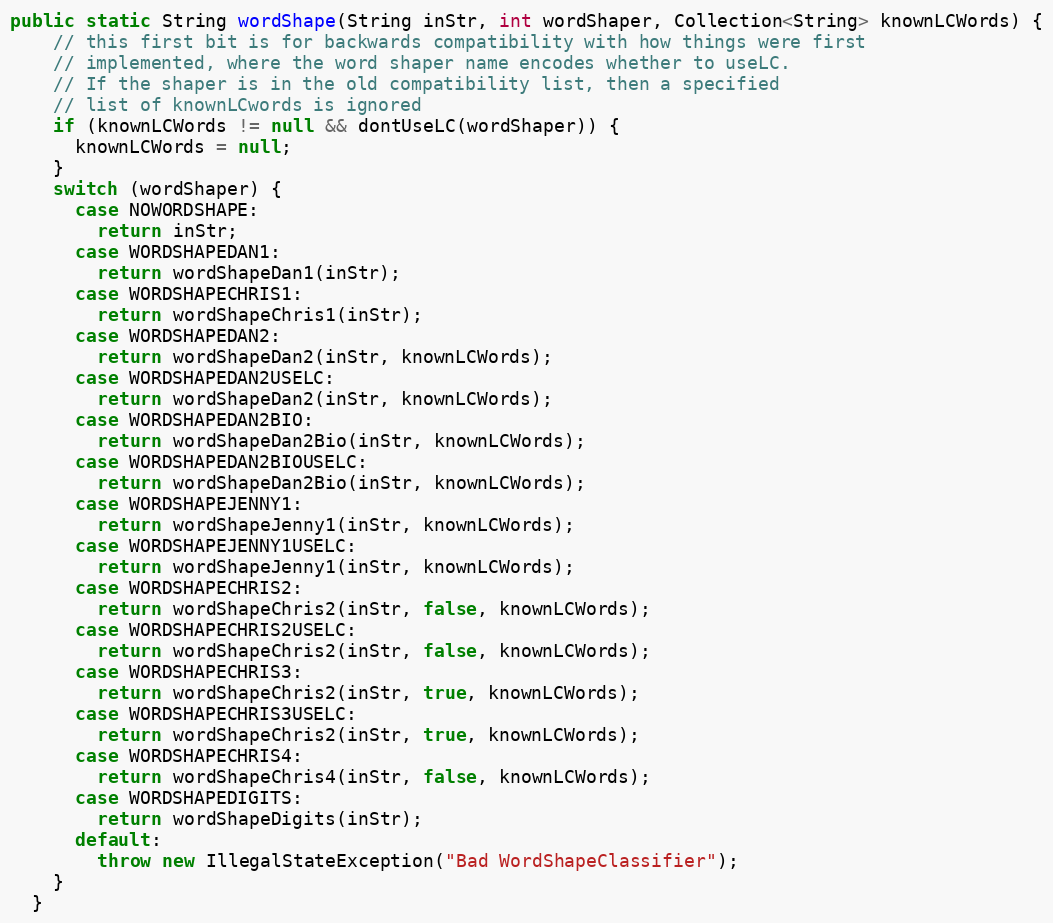
Language: Java
public static String wordShape(String inStr, int wordShaper, Collection<String> knownLCWords) {
    // this first bit is for backwards compatibility with how things were first
    // implemented, where the word shaper name encodes whether to useLC.
    // If the shaper is in the old compatibility list, then a specified
    // list of knownLCwords is ignored
    if (knownLCWords != null && dontUseLC(wordShaper)) {
      knownLCWords = null;
    }
    switch (wordShaper) {
      case NOWORDSHAPE:
        return inStr;
      case WORDSHAPEDAN1:
        return wordShapeDan1(inStr);
      case WORDSHAPECHRIS1:
        return wordShapeChris1(inStr);
      case WORDSHAPEDAN2:
        return wordShapeDan2(inStr, knownLCWords);
      case WORDSHAPEDAN2USELC:
        return wordShapeDan2(inStr, knownLCWords);
      case WORDSHAPEDAN2BIO:
        return wordShapeDan2Bio(inStr, knownLCWords);
      case WORDSHAPEDAN2BIOUSELC:
        return wordShapeDan2Bio(inStr, knownLCWords);
      case WORDSHAPEJENNY1:
        return wordShapeJenny1(inStr, knownLCWords);
      case WORDSHAPEJENNY1USELC:
        return wordShapeJenny1(inStr, knownLCWords);
      case WORDSHAPECHRIS2:
        return wordShapeChris2(inStr, false, knownLCWords);
      case WORDSHAPECHRIS2USELC:
        return wordShapeChris2(inStr, false, knownLCWords);
      case WORDSHAPECHRIS3:
        return wordShapeChris2(inStr, true, knownLCWords);
      case WORDSHAPECHRIS3USELC:
        return wordShapeChris2(inStr, true, knownLCWords);
      case WORDSHAPECHRIS4:
        return wordShapeChris4(inStr, false, knownLCWords);
      case WORDSHAPEDIGITS:
        return wordShapeDigits(inStr);
      default:
        throw new IllegalStateException("Bad WordShapeClassifier");
    }
  }